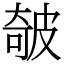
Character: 㿲